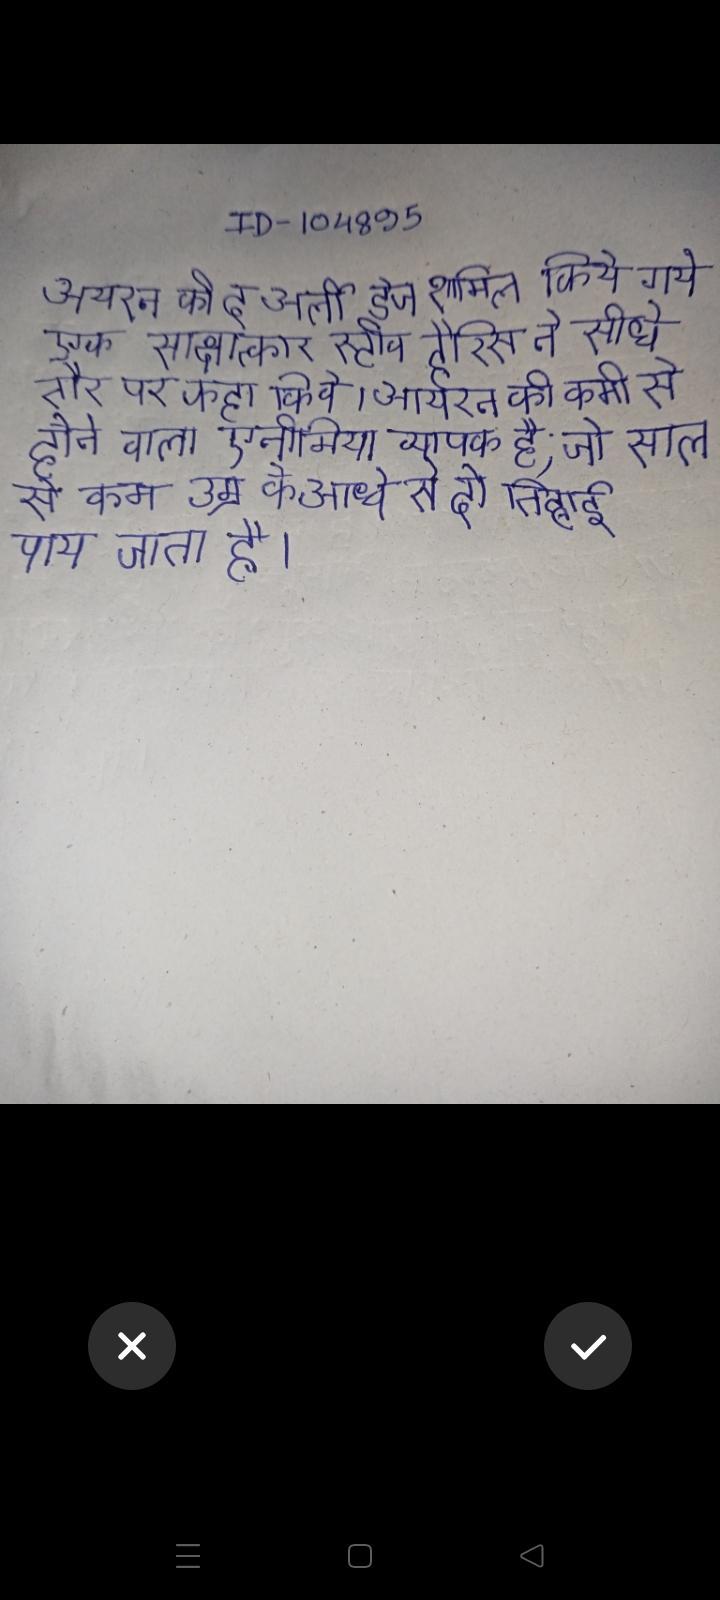
आयरन की द अर्ली डेज शामिल किये गये एक साक्षात्कार स्टीव हैरिस ने सीधे तौर पर कहा कि वे । आयरन की कमी से होने वाला एनीमिया व्यापक है, जो साल से कम उम्र के आधे से दो तिहाई पाया जाता है ।